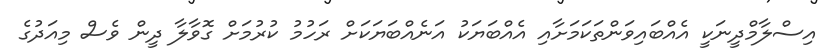
އިސްލާމްދީނަކީ އެއްބައިވަންތަކަމަށާއި އެއްބަޔަކު އަނެއްބަޔަކަށް ރަހުމު ކުރުމަށް ގޮވާލާ ދީން ވެސް މިއަދުގެ